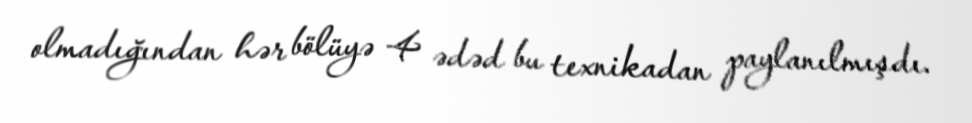
olmadığından hər bölüyə 4 ədəd bu texnikadan paylanılmışdı.